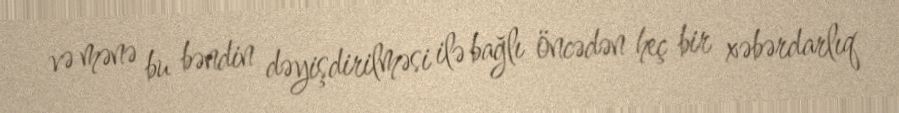
və mənə bu bəndin dəyişdirilməsi ilə bağlı öncədən heç bir xəbərdarlıq